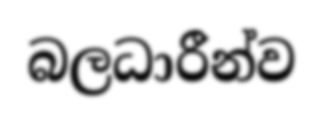
බලධාරීන්ව